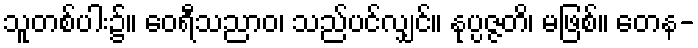
သူတစ်ပါး၌။ ဝေရီသညာဝ၊ သည်ပင်လျှင်။ နုပ္ပဇ္ဇတိ၊ မဖြစ်။ တေန-